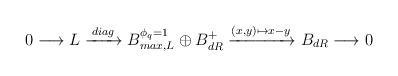
LaTeX: \begin{align*} 0 \longrightarrow L \xrightarrow{\;diag\;} B_{max,L}^{\phi_q =1} \oplus B_{dR}^+ \xrightarrow{(x,y) \mapsto x-y} B_{dR} \longrightarrow 0\end{align*}